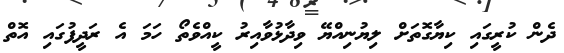
ދެން ކުރީގައި ކިޔާގޮތަށް ލިޔުނިއްޔޭ ވިދާޅުވާއިރު ކީއްވެތޯ ހަމަ އެ ރަދީފުގައި އޮތް